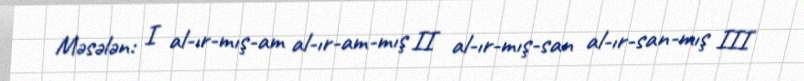
Məsələn: I al-ır-mış-am al-ır-am-mış II al-ır-mış-san al-ır-san-mış III